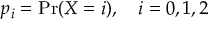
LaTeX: p _ { i } = \mathrm { P r } ( X = i ) , \quad i = 0 , 1 , 2